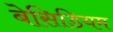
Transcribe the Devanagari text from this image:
बेसिडियम